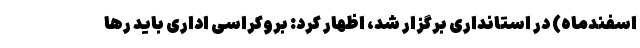
اسفندماه) در استانداری برگزار شد، اظهار کرد: بروکراسی اداری باید رها